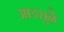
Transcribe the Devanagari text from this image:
आडसुळे